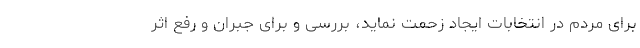
برای مردم در انتخابات ایجاد زحمت نماید، بررسی و برای جبران و رفع اثر